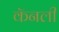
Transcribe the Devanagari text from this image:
कॅनली